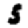
Digit: 5